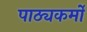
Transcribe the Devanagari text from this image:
पाठ्यकर्मों